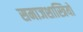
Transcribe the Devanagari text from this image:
समाजशास्त्रियो